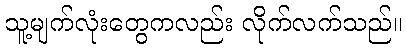
သူ့မျက်လုံးတွေကလည်း လိုက်လက်သည်။